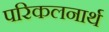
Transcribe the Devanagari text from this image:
परिकलनार्थ